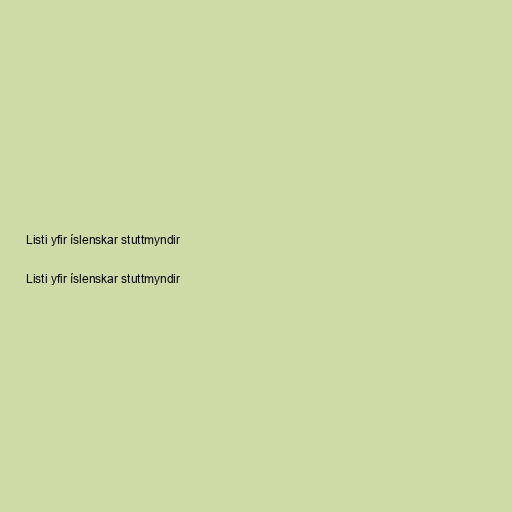
Listi yfir íslenskar stuttmyndir

Listi yfir íslenskar stuttmyndir